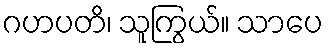
ဂဟပတိ၊ သူကြွယ်။ သာပေ